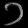
Digit: ၁